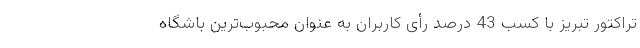
تراکتور تبریز با کسب 43 درصد رأی کاربران به عنوان محبوب‌ترین باشگاه